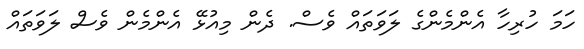
ހަމަ ހުރިހާ އެންމެންގެ ލަވަތައް ވެސް. ދެން މިއުޅޭ އެންމެން ވެސް ލަވަތައް